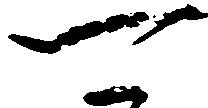
可